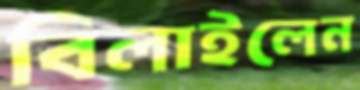
বিলাইলেন